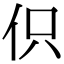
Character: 伿